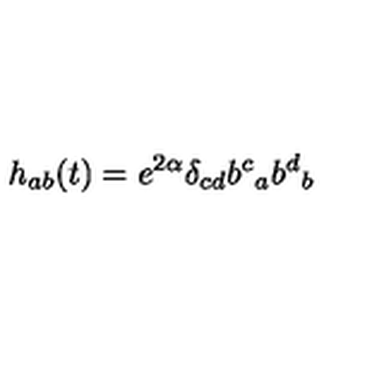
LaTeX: h _ { a b } ( t ) = e ^ { 2 \alpha } \delta _ { c d } { b ^ { c } } _ { a } { b ^ { d } } _ { b }